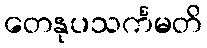
တေနုပသင်္ကမတိ